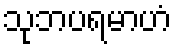
သုဘပရမာဟံ